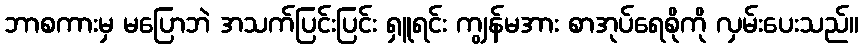
ဘာစကားမှ မပြောဘဲ အသက်ပြင်းပြင်း ရှူရင်း ကျွန်မအား စာအုပ်ရေစိုကို လှမ်းပေးသည်။